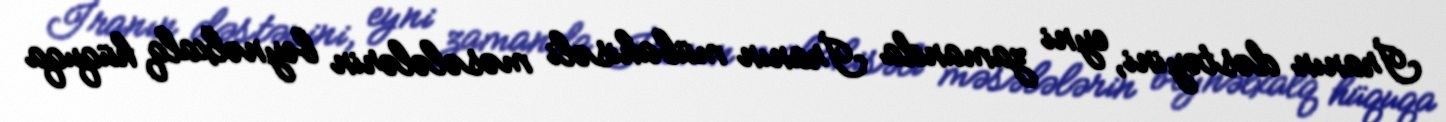
İranın dəstəyini, eyni zamanda İranın mübahisəli məsələlərin beynəlxalq hüquqa